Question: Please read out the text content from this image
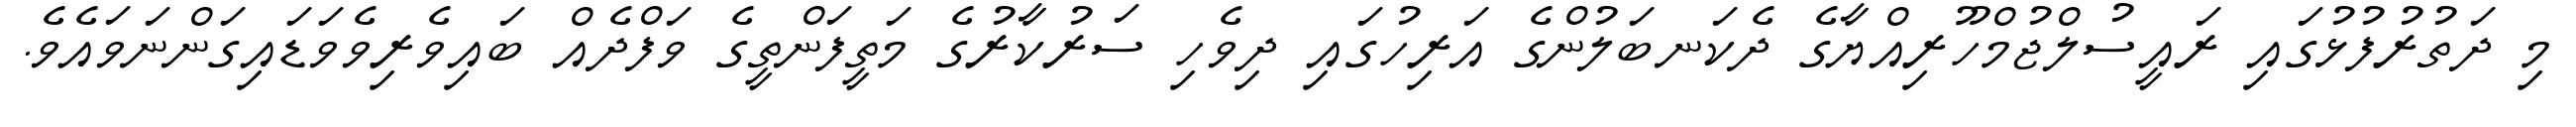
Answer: މި ދަތުރުފުޅުގައި ރައީސުލްޖުމްހޫރިއްޔާގެ ދެކަނބަލުންގެ އަރިހުގައި ދިވެހި ސަރުކާރުގެ މަތީފަންތީގެ ވަފްދެއް ބައިވެރިވެވަޑައިގަންނަވައެވެ.